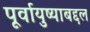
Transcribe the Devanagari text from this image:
पूर्वायुष्याबद्दल